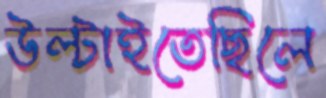
উল্‌টাইতেছিলে